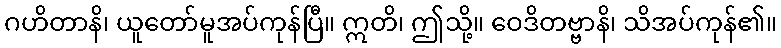
ဂဟိတာနိ၊ ယူတော်မူအပ်ကုန်ပြီ။ ဣတိ၊ ဤသို့။ ဝေဒိတဗ္ဗာနိ၊ သိအပ်ကုန်၏။